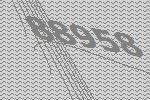
88958